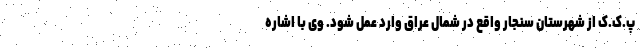
پ.ک.ک از شهرستان سنجار واقع در شمال عراق وارد عمل شود. وی با اشاره